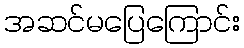
အဆင်မပြေကြောင်း